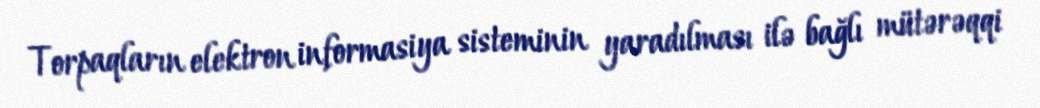
Torpaqların elektron informasiya sisteminin yaradılması ilə bağlı mütərəqqi